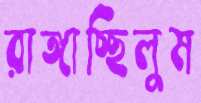
রাঙ্গাচ্ছিলুম